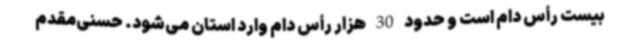
بیست رأس دام است و حدود 30 هزار رأس دام وارد استان می‌شود. حسنی‌مقدم